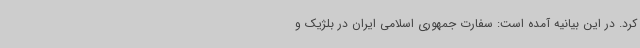
کرد. در این بیانیه‌ آمده است: سفارت جمهوری اسلامی ایران در بلژیک و